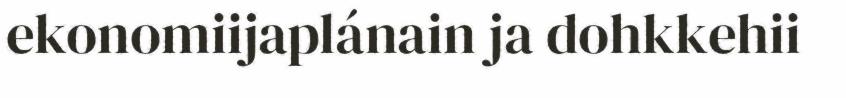
ekonomiijaplánain ja dohkkehii